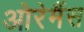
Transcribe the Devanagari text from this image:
ओरेमैंस